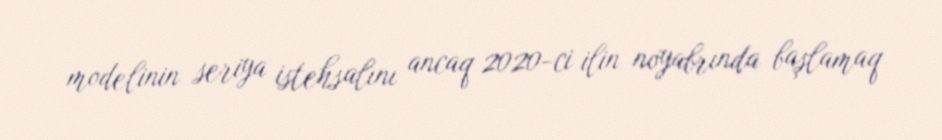
modelinin seriya istehsalını ancaq 2020-ci ilin noyabrında başlamaq